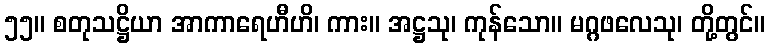
၅၅။ စတုသဋ္ဌိယာ အာကာရေဟီဟိ၊ ကား။ အဋ္ဌသု၊ ကုန်သော။ မဂ္ဂဖလေသု၊ တို့တွင်။